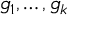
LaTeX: g _ { 1 } , \ldots , g _ { k }